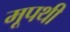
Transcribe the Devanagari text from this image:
मूपथी